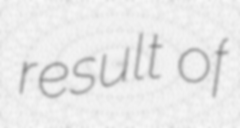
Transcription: result of